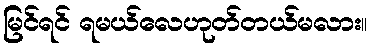
မြင်ရင် ရမယ်လေဟုတ်တယ်မလား။